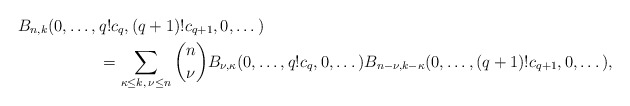
\begin{align*} B_{n,k}(0,\dots,\, &q!c_q, (q+1)!c_{q+1}, 0,\dots) \\ &=\sum_{\kappa\le k,\, \nu\le n} \binom{n}{\nu} B_{\nu,\kappa}(0,\dots, q!c_q, 0,\dots) B_{n-\nu,k-\kappa}(0,\dots, (q+1)!c_{q+1}, 0,\dots),\end{align*}